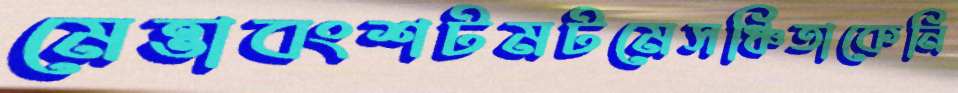
মেত্তাবংশটমটমেসঞ্চিতাকেনি